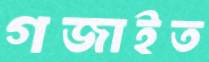
গজাইত